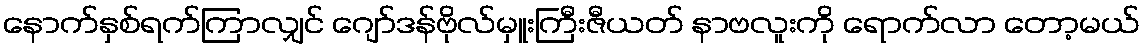
နောက်နှစ်ရက်ကြာလျှင် ဂျော်ဒန်ဗိုလ်မှူးကြီးဇီယတ် နာဗလူးကို ရောက်လာ တော့မယ်